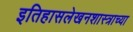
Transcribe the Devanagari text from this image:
इतिहासलेखनशास्त्राच्या